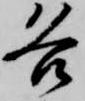
各